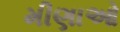
મીણાઓ